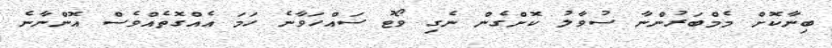
ބިނާކޮށް މެމްބަރުންނާ ސުވާލު ކޮށްގެން ނެގި ވޯޓު ސައްހަވާނެ ހަމަ އެއްގޮތެއްވެސް އޮންނާނެ